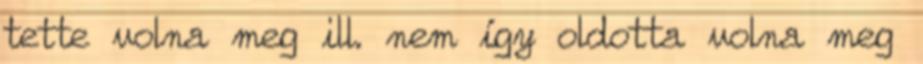
tette volna meg ill. nem így oldotta volna meg